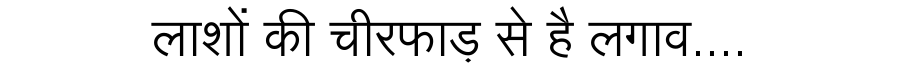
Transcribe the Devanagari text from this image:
लाशों की चीरफाड़ से है लगाव....